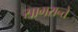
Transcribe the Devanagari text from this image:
सागरान्ते